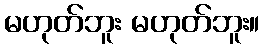
မဟုတ်ဘူး မဟုတ်ဘူး။